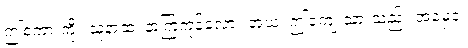
ဤစကားကို။ သုနာထ၊ နာကြကုန်လော။ အယံ၊ ဤကျေးသားသည်။ အမှေဝ၊